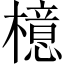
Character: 檍